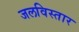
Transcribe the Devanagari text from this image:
जलविस्तार